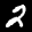
Label: 2